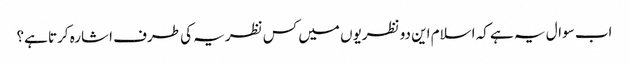
اب سوال یہ ہے کہ اسلام این دو نظریوں میں کس نظریہ کی طرف اشارہ کرتا ہے؟